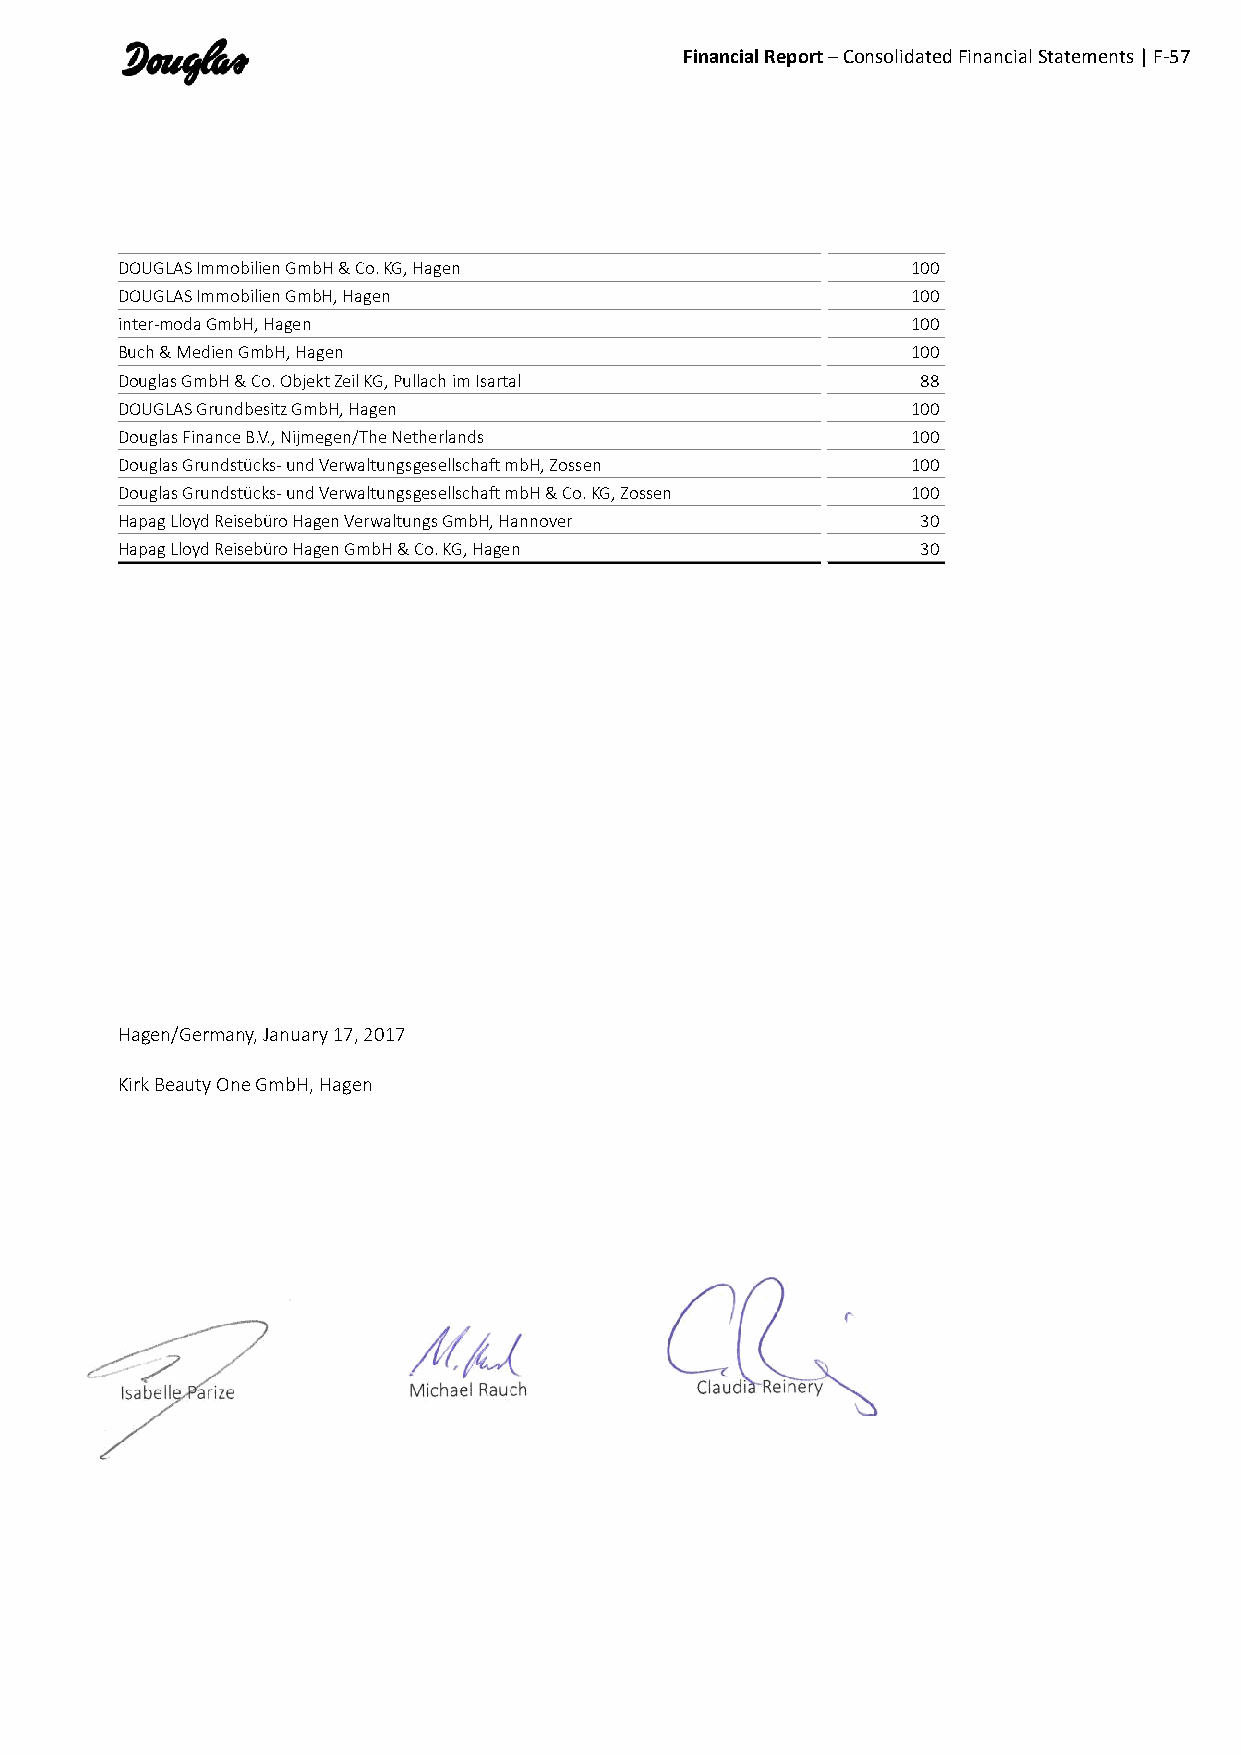
Financial Report – Consolidated Financial Statements | F-57
 DOUGLAS Immobilien GmbH & Co. KG, Hagen             100
 DOUGLAS Immobilien GmbH, Hagen                      100
 inter-moda GmbH, Hagen                              100
 Buch & Medien GmbH, Hagen                           100
 Douglas GmbH & Co. Objekt Zeil KG, Pullach im Isartal 88
 DOUGLAS Grundbesitz GmbH, Hagen                     100
 Douglas Finance B.V., Nijmegen/The Netherlands      100
 Douglas Grundstücks- und Verwaltungsgesellschaft mbH, Zossen 100
 Douglas Grundstücks- und Verwaltungsgesellschaft mbH & Co. KG, Zossen 100
 Hapag Lloyd Reisebüro Hagen Verwaltungs GmbH, Hannover 30
 Hapag Lloyd Reisebüro Hagen GmbH & Co. KG, Hagen     30
 Hagen/Germany, January 17, 2017
 Kirk Beauty One GmbH, Hagen
 Isabelle Parize    Michael Rauch       Claudia Reinery